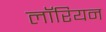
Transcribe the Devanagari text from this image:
लॉरियन